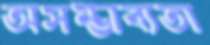
অসম্ভাব্যতা